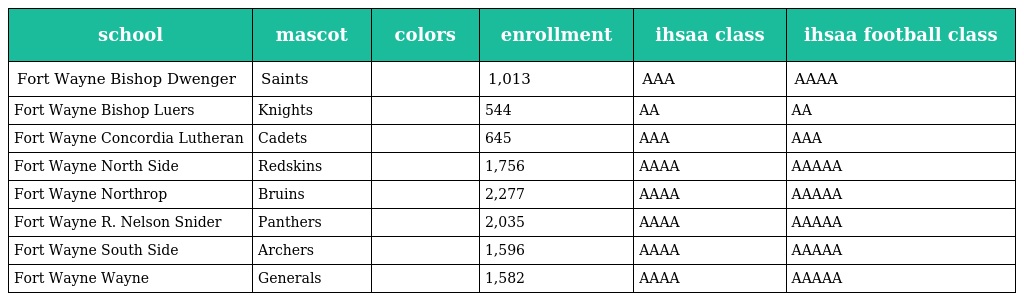
| school | mascot | colors | enrollment | ihsaa class | ihsaa football class |
 | --- | --- | --- | --- | --- | --- |
 | Fort Wayne Bishop Dwenger | Saints |  | 1,013 | AAA | AAAA |
 | Fort Wayne Bishop Luers | Knights |  | 544 | AA | AA |
 | Fort Wayne Concordia Lutheran | Cadets |  | 645 | AAA | AAA |
 | Fort Wayne North Side | Redskins |  | 1,756 | AAAA | AAAAA |
 | Fort Wayne Northrop | Bruins |  | 2,277 | AAAA | AAAAA |
 | Fort Wayne R. Nelson Snider | Panthers |  | 2,035 | AAAA | AAAAA |
 | Fort Wayne South Side | Archers |  | 1,596 | AAAA | AAAAA |
 | Fort Wayne Wayne | Generals |  | 1,582 | AAAA | AAAAA |